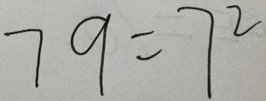
7 9 = 7 ^ { 2 }